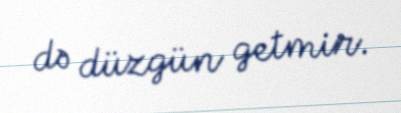
də düzgün getmir.